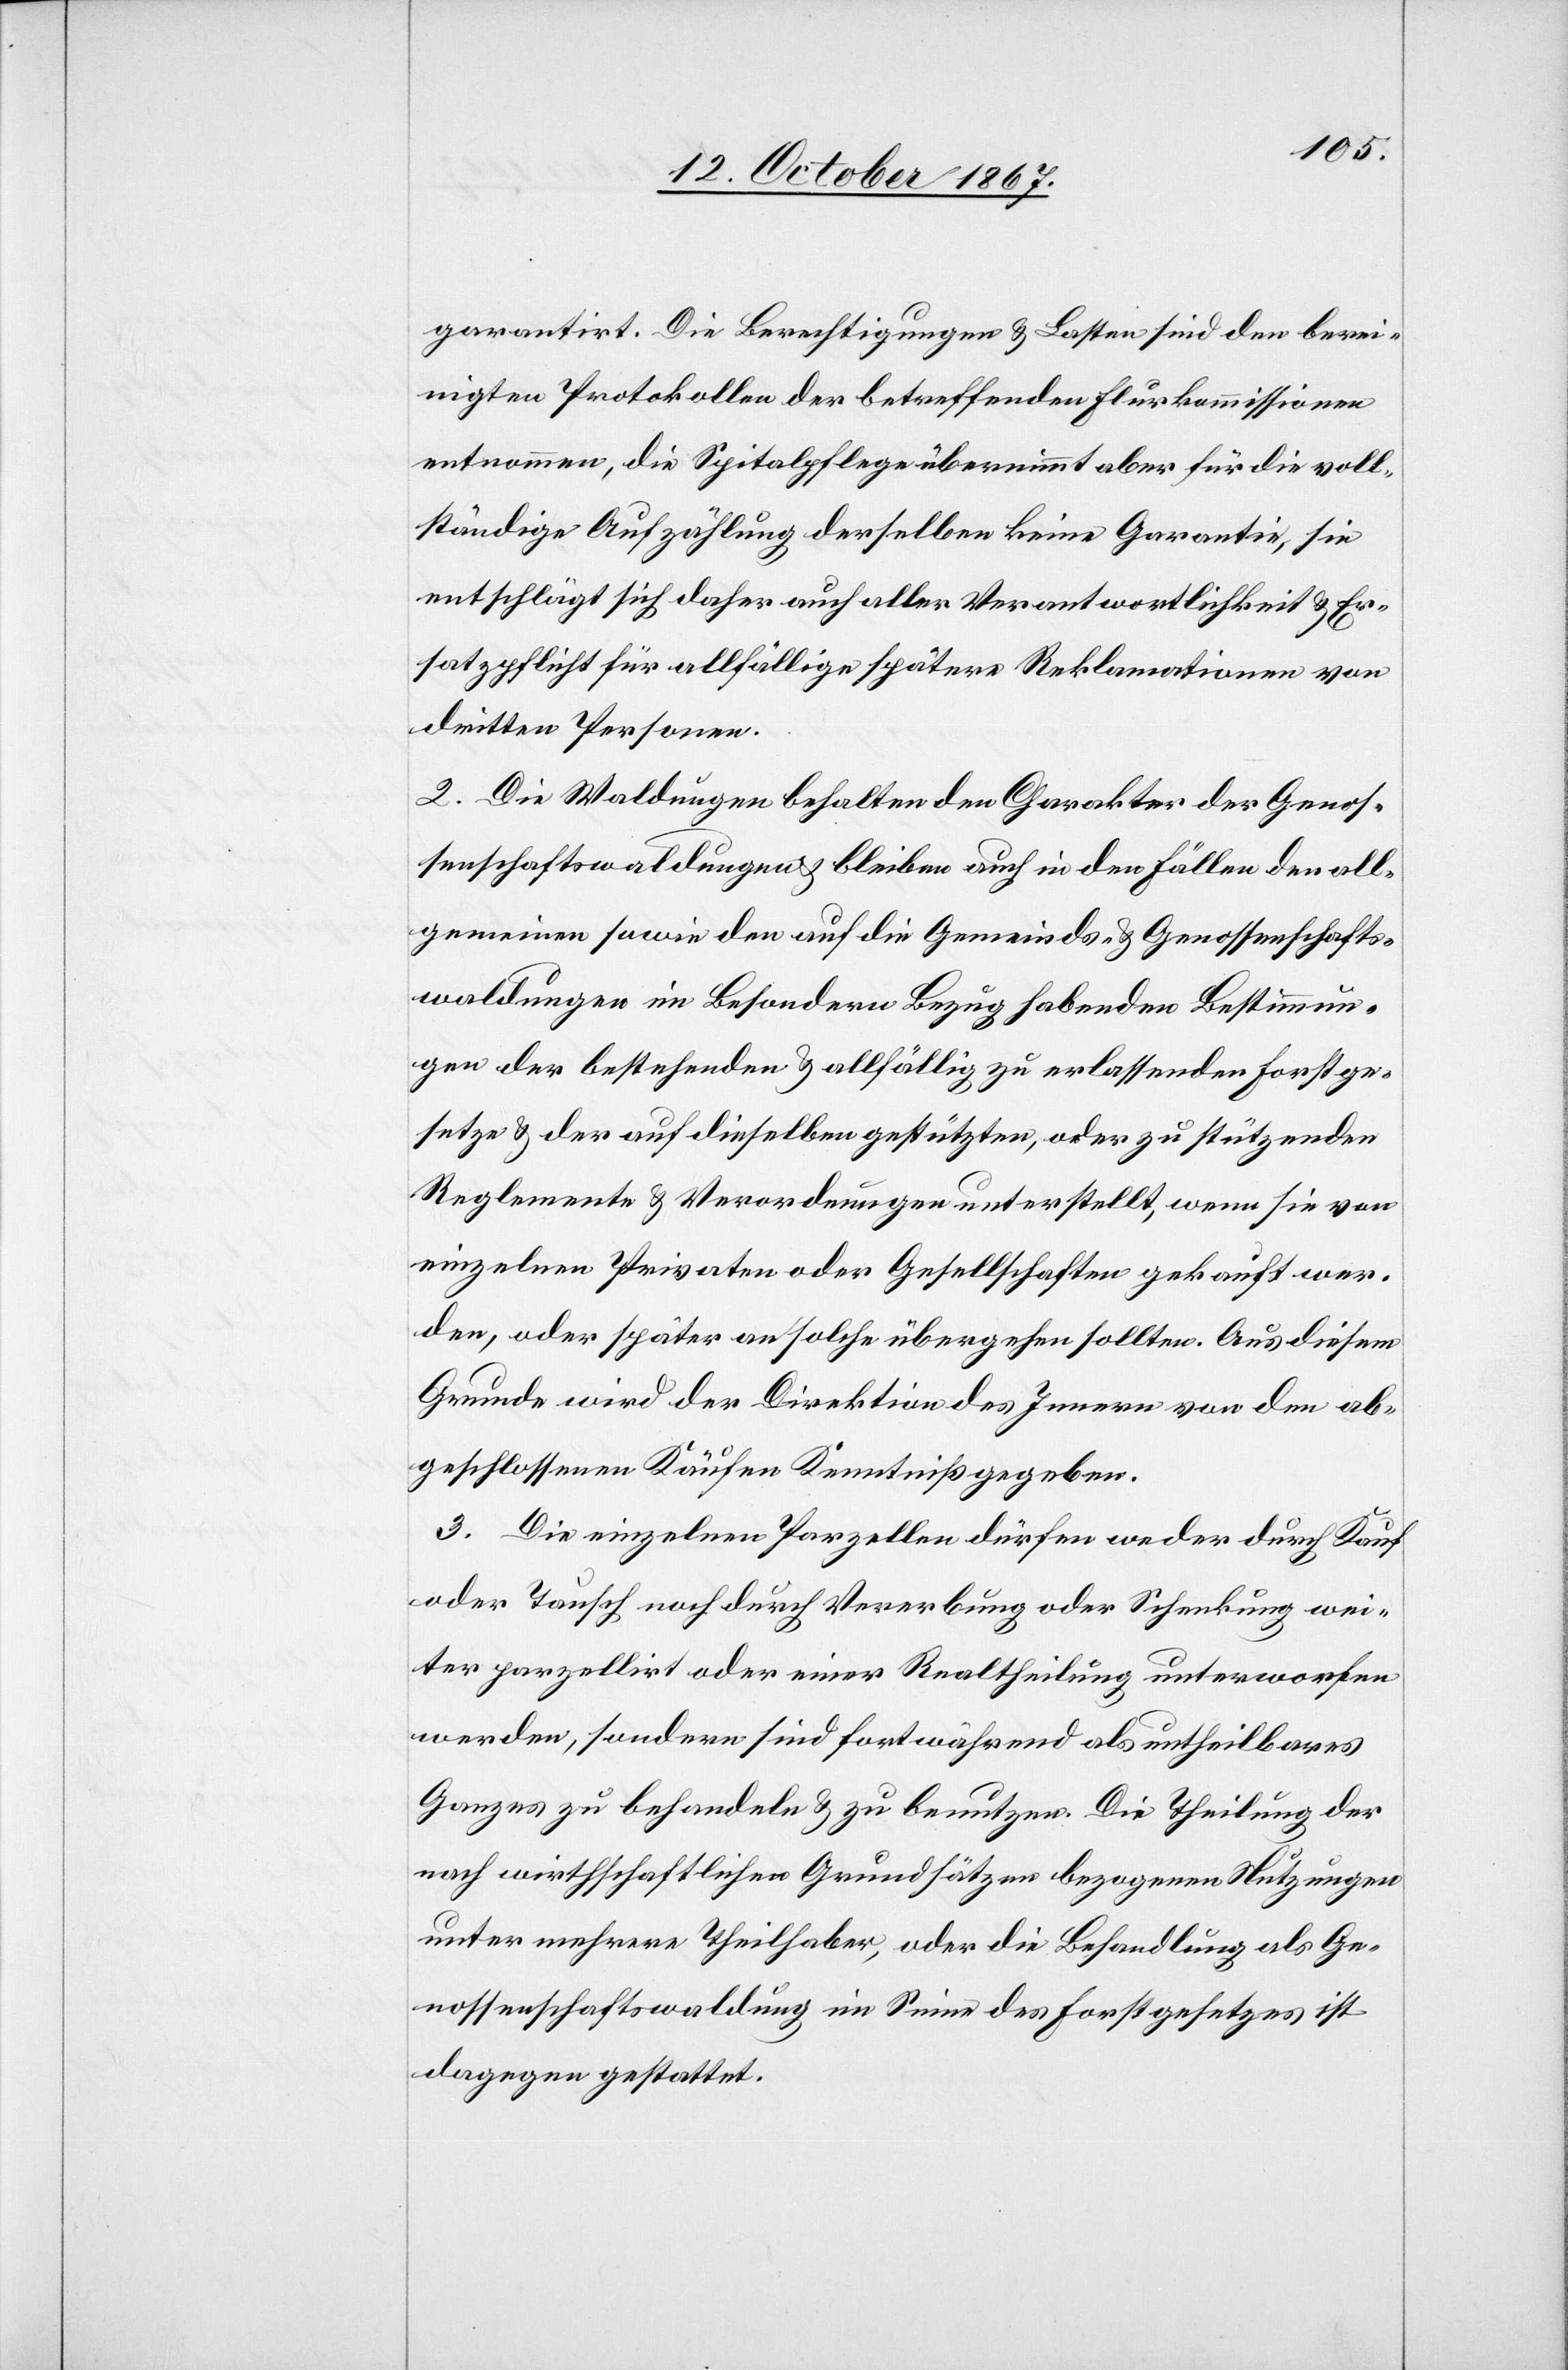
garantirt. Die Berechtigungen u. Lasten sind den berei¬
nigten Protokollen der betreffenden Flurkommissionen
entnommen, die Spitalpflege übernimmt aber für die voll¬
ständige Aufzählung derselben keine Garantie, sie
entschlägt sich daher auch aller Verantwortlichkeit u. Er¬
satzpflicht für allfällige spätere Reklamationen von
dritten Personen.
2. Die Waldungen behalten den Charakter der Genos¬
senschaftswaldungen u. bleiben auch in den Fällen den all¬
gemeinen sowie den auf die Gemeinds- u. Genossenschafts¬
waldungen im Besondern Bezug habenden Bestimmun¬
gen der bestehenden u. allfällig zu erlassenden Forstge¬
setze u. der auf dieselben gestützten, oder zu stützenden
Reglemente u. Verordnungen unterstellt, wenn sie von
einzelnen Privaten oder Gesellschaften gekauft wer¬
den, oder später an solche übergehen sollten. Aus diesem
Grunde wird der Direktion des Innern von den ab¬
geschlossenen Käufen Kenntniß gegeben.
3. Die einzelnen Parzellen dürfen weder durch Kauf
oder Tausch noch durch Vererbung oder Schenkung wei¬
ter parzellirt oder einer Realtheilung unterworfen
werden, sondern sind fortwährend als untheilbares
Ganzes zu behandeln u. zu benutzen. Die Theilung der
nach wirthschaftlichen Grundsätzen bezogenen Nutzungen
unter mehrere Theilhaber, oder die Behandlung als Ge¬
nossenschaftswaldung im Sinne des Forstgesetzes ist
dagegen gestattet.